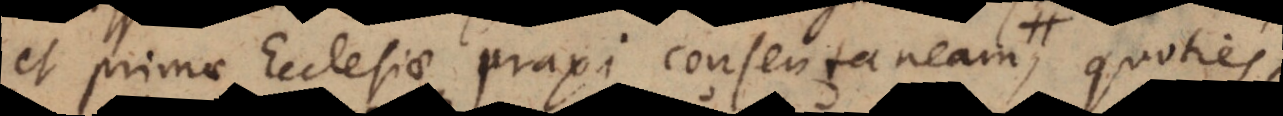
et primae Ecclesiae praxi consentaneam, quoties